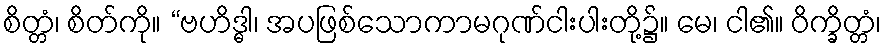
စိတ္တံ၊ စိတ်ကို။ “ဗဟိဒ္ဓါ၊ အပဖြစ်သောကာမဂုဏ်ငါးပါးတို့၌။ မေ၊ ငါ၏။ ဝိက္ခိတ္တံ၊